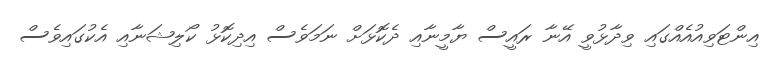
އިންޓަވިއުއެއްގައި ވިދާޅުވީ އޭނާ ރައީސް ޔާމީނާއި ދެކޮޅަށް ނަމަވެސް އިދިކޮޅު ކޯލިޝަނާއި އެކުގައިވެސް